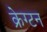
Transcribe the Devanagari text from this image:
क्रेग्टन